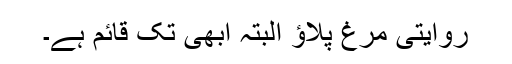
روایتی مرغ پلاؤ البتہ ابھی تک قائم ہے۔